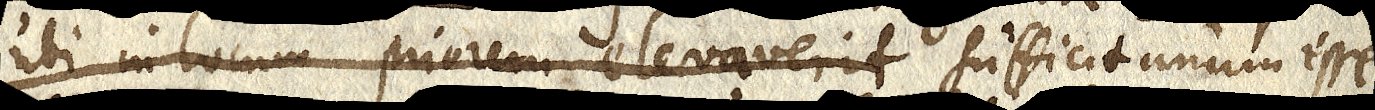
ubi in locum priorem elevaverit sufficit unum esse